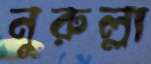
নুরুল্লা